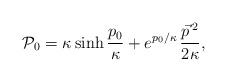
LaTeX: \begin{align*} {\cal P}_{0} = \kappa \sinh\frac{p_0}\kappa + e^{p_0/\kappa}\, \frac{\vec{p}\, {}^2}{2\kappa},\end{align*}